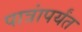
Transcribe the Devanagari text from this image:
पात्रांपर्यंत